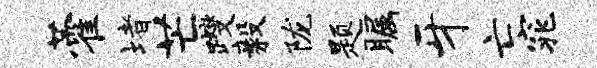
藿堵芒躞毅陇题瞩牙亡窕